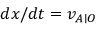
d x / d t = v _ { A \mid O }